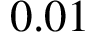
0 . 0 1